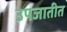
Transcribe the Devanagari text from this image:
उपजातीत